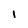
Character: l